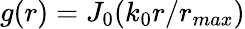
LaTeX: g(r)=J_{0}(k_{0}r/r_{max})